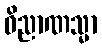
ဝိညာဏသ္မာ